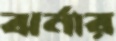
ঝর্নার